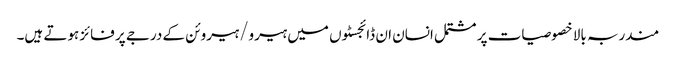
مندربہ بالا خصوصیات پر مشتمل انسان ان ڈائجسٹوں میں ہیرو/ہیروئن کے درجے پر فائز ہوتے ہیں۔